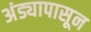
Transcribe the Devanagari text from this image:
अंड्यापासून